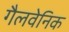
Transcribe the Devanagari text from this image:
गैलवेनिक